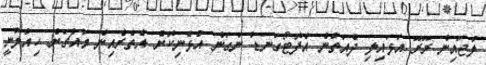
ލުޖައިން ރޫރޫ އަޅައިލި ދެއަތުން އެފޮޓޯގަނޑު ނަގަން އުޅެނިކޮށް އެތެރެއިން މައްޗަށް ހިއްލުނީ